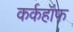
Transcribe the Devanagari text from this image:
कर्कहॉफ